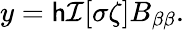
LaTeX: y=\mathsf{h}\mathcal{{I}}[\sigma\zeta]B_{\beta\beta}.